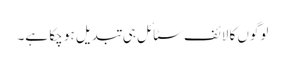
لوگوں کا لائف سٹائل ہی تبدیل ہو چکا ہے۔